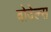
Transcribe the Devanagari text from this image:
बोदेल्स